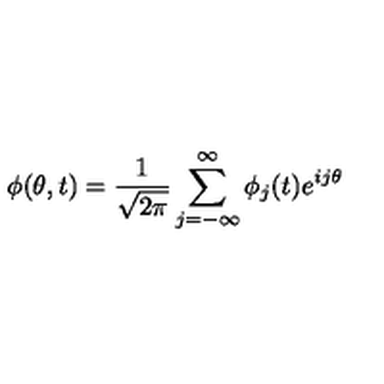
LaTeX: \phi ( \theta , t ) = { \frac { 1 } { \sqrt { 2 \pi } } } \sum _ { j = - \infty } ^ { \infty } \phi _ { j } ( t ) e ^ { i j \theta }